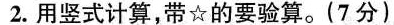
2.用竖式计算，带☆的要验算。(7分)